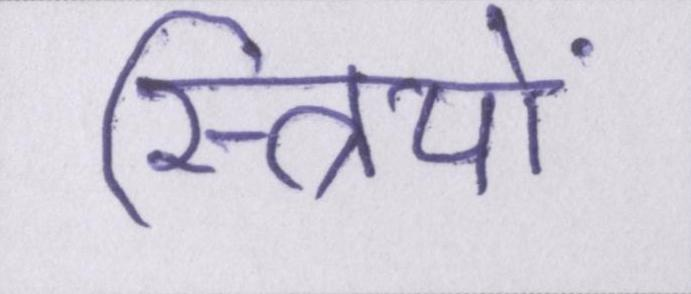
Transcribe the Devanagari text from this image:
स्त्रियों